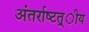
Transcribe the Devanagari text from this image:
अंतर्राष्‍टत्र्ीय